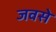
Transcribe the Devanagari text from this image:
जवसे